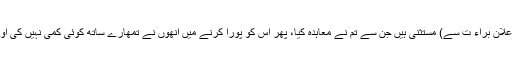
جاوید احمد غامدی وہ مشرکین، البتہ (اِس اعلان براء ت سے) مستثنیٰ ہیں جن سے تم نے معاہدہ کیا، پھر اُس کو پورا کرنے میں اُنھوں نے تمھارے ساتھ کوئی کمی نہیں کی اور نہ تمھارے خلاف کسی کی مدد کی ہے۔